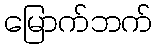
မြောက်ဘက်